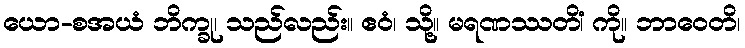
ယော-စအယံ ဘိက္ခု၊ သည်လည်း။ ဧဝံ၊ သို့။ မရဏဿတိံ၊ ကို။ ဘာဝေတိ၊